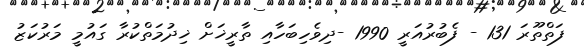
ފަތްތޫރަ 131 - ފެބުރުއަރީ 1990 -ދިވެހިބަހާއި ތާރީޚަށް ޚިދުމަތްކުރާ ގައުމީ މަރުކަޒު